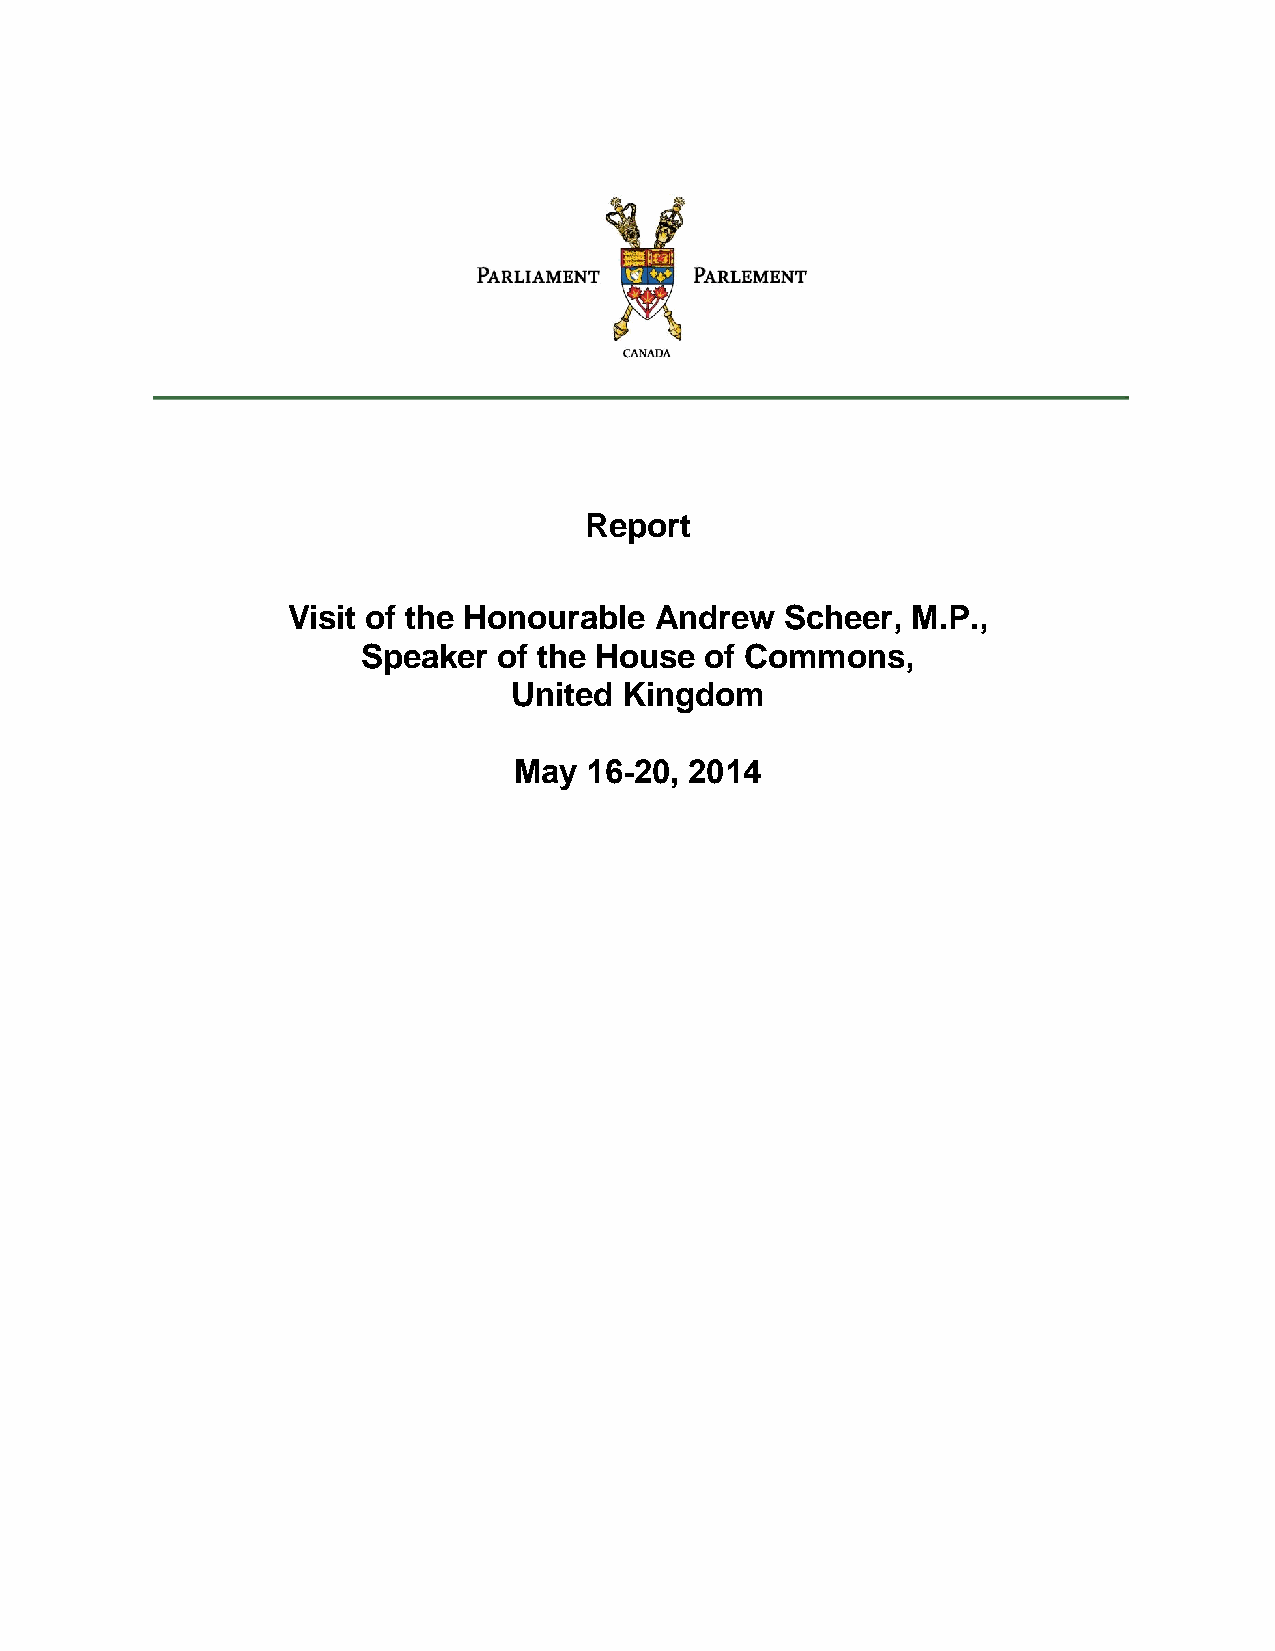
Report
 Visit of the Honourable Andrew   Scheer, M.P.,
 Speaker  of the House  of Commons,
 United Kingdom
 May  16-20, 2014